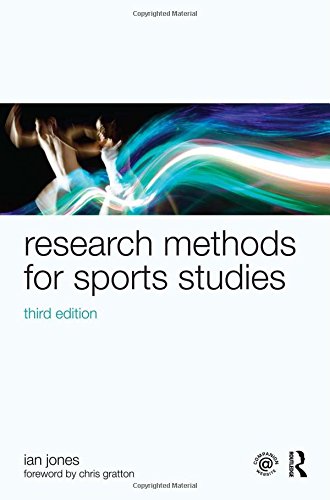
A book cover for Sports Coaching Package Brunel University: Research Methods for Sports Studies: Third Edition; Ian Jones; Business & Money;